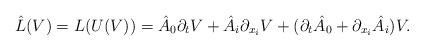
LaTeX: \begin{align*}\hat{L}(V)=L(U(V))=\hat{A}_0 \partial_t V + \hat{A}_i \partial_{x_i} V + (\partial_t \hat{A}_0 +\partial_{x_i} \hat{A}_i) V . \end{align*}